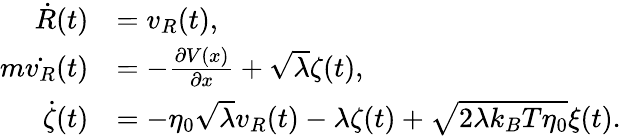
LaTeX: \begin{array}{rl}{\dot{R}(t)}&{=v_{R}(t),}\\ {m\dot{v_{R}}(t)}&{=-\frac{\partial V(x)}{\partial x}+\sqrt{\lambda}\zeta(t),}\\ {\dot{\zeta}(t)}&{=-\eta_{0}\sqrt{\lambda}v_{R}(t)-\lambda\zeta(t)+\sqrt{2\lambda k_{B}T\eta_{0}}\xi(t).}\end{array}